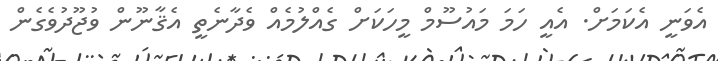
އެވަނީ އެކަމަށް. އެއީ ހަމަ މައުސޫމް މީހަކަށް ގެއްލުމެއް ވެދާނެތީ އެޤާނޫން ވުޖޫދުވެގެން